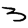
Digit: 3